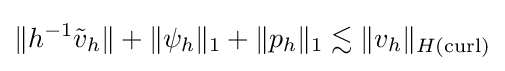
\Vert h^{-1}{\tilde {v}}_{h}\Vert +\Vert \psi _{h}\Vert _{1}+\Vert p_{h}\Vert _{1}\lesssim \Vert v_{h}\Vert _{H(\operatorname {curl} )}